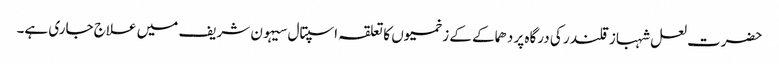
حضرت لعل شہباز قلندر کی درگاہ پر دھماکے کے زخمیوں کا تعلقہ اسپتال سیہون شریف میں علاج جاری ہے۔